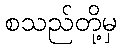
စသည်တို့မှ